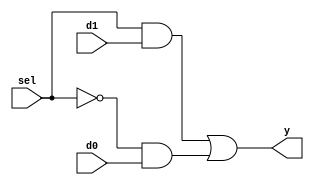
module b2_mux_2_1_comb_incorrect
(
    input  [1:0] d0,
    input  [1:0] d1,
    input        sel,
    output [1:0] y
);

    assign y = (sel & d1) | ((~sel) & d0);

endmodule

module b2_mux_2_1_comb_correct1
(
    input  [1:0] d0,
    input  [1:0] d1,
    input        sel,
    output [1:0] y
);

    assign y[0] = (sel & d1[0]) | ((~sel) & d0[0]);
    assign y[1] = (sel & d1[1]) | ((~sel) & d0[1]);
    
endmodule

module b2_mux_2_1_comb_correct2
(
    input  [1:0] d0,
    input  [1:0] d1,
    input        sel,
    output [1:0] y
);

    wire [1:0] select;
    assign select = {2{sel}};
    assign y = (select & d1) | (~select & d0);
    
endmodule

module b2_mux_2_1_sel
(
    input  [1:0] d0,
    input  [1:0] d1,
    input        sel,
    output [1:0] y
);

    assign y = sel ? d1 : d0;

endmodule

module b2_mux_2_1_if
(
    input  [1:0] d0,
    input  [1:0] d1,
    input        sel,
    output reg [1:0] y
);
    always@(*)
    begin
        if(sel)
            y = d1;
        else 
            y = d0;
    end

endmodule

module b2_mux_2_1_case
(
    input  [1:0] d0,
    input  [1:0] d1,
    input        sel,
    output reg [1:0] y
);
    always@(*)
    begin
        case (sel)
            0: y = d0;
            1: y = d1;
        endcase
    end

endmodule


module bit2_2in1_mux
(
    input   [ 1:0]  KEY,
    input   [ 9:0]  SW,
    output  [ 9:0]  LEDR
);

    b2_mux_2_1_sel b2_mux_2_1_sel(.d0(SW[1:0]),.d1(SW[3:2]),.sel(KEY[0]),.y(LEDR[1:0]));
    b2_mux_2_1_if b2_mux_2_1_if(.d0(SW[1:0]),.d1(SW[3:2]),.sel(KEY[0]),.y(LEDR[3:2]));
    b2_mux_2_1_comb_correct1 b2_mux_2_1_comb_correct1(.d0(SW[1:0]),.d1(SW[3:2]),.sel(KEY[0]),.y(LEDR[5:4]));
    b2_mux_2_1_comb_correct2 b2_mux_2_1_comb_correct2(.d0(SW[1:0]),.d1(SW[3:2]),.sel(KEY[0]),.y(LEDR[7:6]));
    b2_mux_2_1_comb_incorrect b2_mux_2_1_comb_incorrect(.d0(SW[1:0]),.d1(SW[3:2]),.sel(KEY[0]),.y(LEDR[9:8]));
    
endmodule